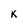
Character: K